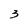
Character: 3